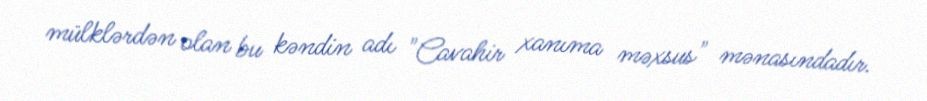
mülklərdən olan bu kəndin adı "Cavahir xanıma məxsus" mənasındadır.